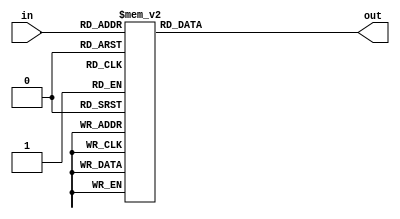
`timescale 1ns / 1ps
//////////////////////////////////////////////////////////////////////////////////
// Company: 
// Engineer: 
// 
// Design Name: 
// Module Name:    bcd_to_seven_seg_dec 
// Project Name: 
// Target Devices: 
// Tool versions: 
// Description: 
//
// Dependencies: 
//
// Revision: 
// Revision 0.01 - File Created
// Additional Comments: 
//
//////////////////////////////////////////////////////////////////////////////////
module bcd_to_seven_seg_dec(
  input [3:0] in,
  output reg [7:0] out
);

always @(*)
  case (in)
    4'b0000: out = 8'b0011_1111;
    4'b0001: out = 8'b0000_0110;
    4'b0010: out = 8'b0101_1011; 
    4'b0011: out = 8'b0100_1111;
    4'b0100: out = 8'b0110_0110;
    4'b0101: out = 8'b0110_1101;
    4'b0110: out = 8'b0111_1101;
    4'b0111: out = 8'b0000_0111;
    4'b1000: out = 8'b0111_1111;
    4'b1001: out = 8'b0110_1111;
    default: out = 8'b0000_0000;
  endcase
endmodule